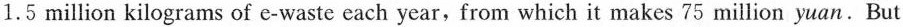
1.5 million kilograms of e-waste each year,from which it makes 75 million yuan. But